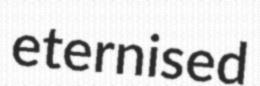
eternised